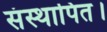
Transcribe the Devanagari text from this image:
संस्थापित।